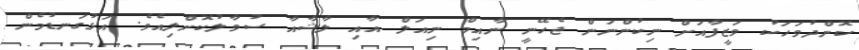
ކޮންދުވަހަކު ވަޒީފާއަށް ނިކުންނަން ޖެހޭނީ ނާއިމް ނިއަލް އާއި ލާޝާއާ ސުވާލުކޮށްލިއެވެ. އަޅުގަނޑުމެން